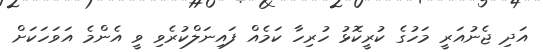
އަދި ޖެނުއަރީ މަހުގެ ކުރީކޮޅު ހުރިހާ ކަމެއް ފައިނަލްކުރެވި ވީ އެންމެ އަވަހަކަށް